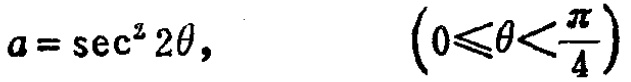
\(a = \sec^{2}2\theta,\quad\left(0\leqslant\theta<\frac{\pi}{4}\right)\)